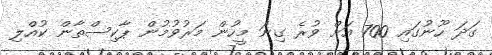
ގަދަ ހޫނުގައި 700 އަށް ވުރެ ގިނަ މީހުން މަރުވުމުން ޕާކިސްތާން ކުއްލި